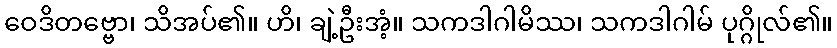
ဝေဒိတဗ္ဗော၊ သိအပ်၏။ ဟိ၊ ချဲ့ဦးအံ့။ သကဒါဂါမိဿ၊ သကဒါဂါမ် ပုဂ္ဂိုလ်၏။